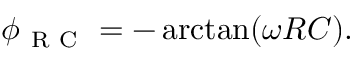
\phi _ { \mathrm { ~ R ~ C ~ } } = - \arctan ( \omega R C ) .